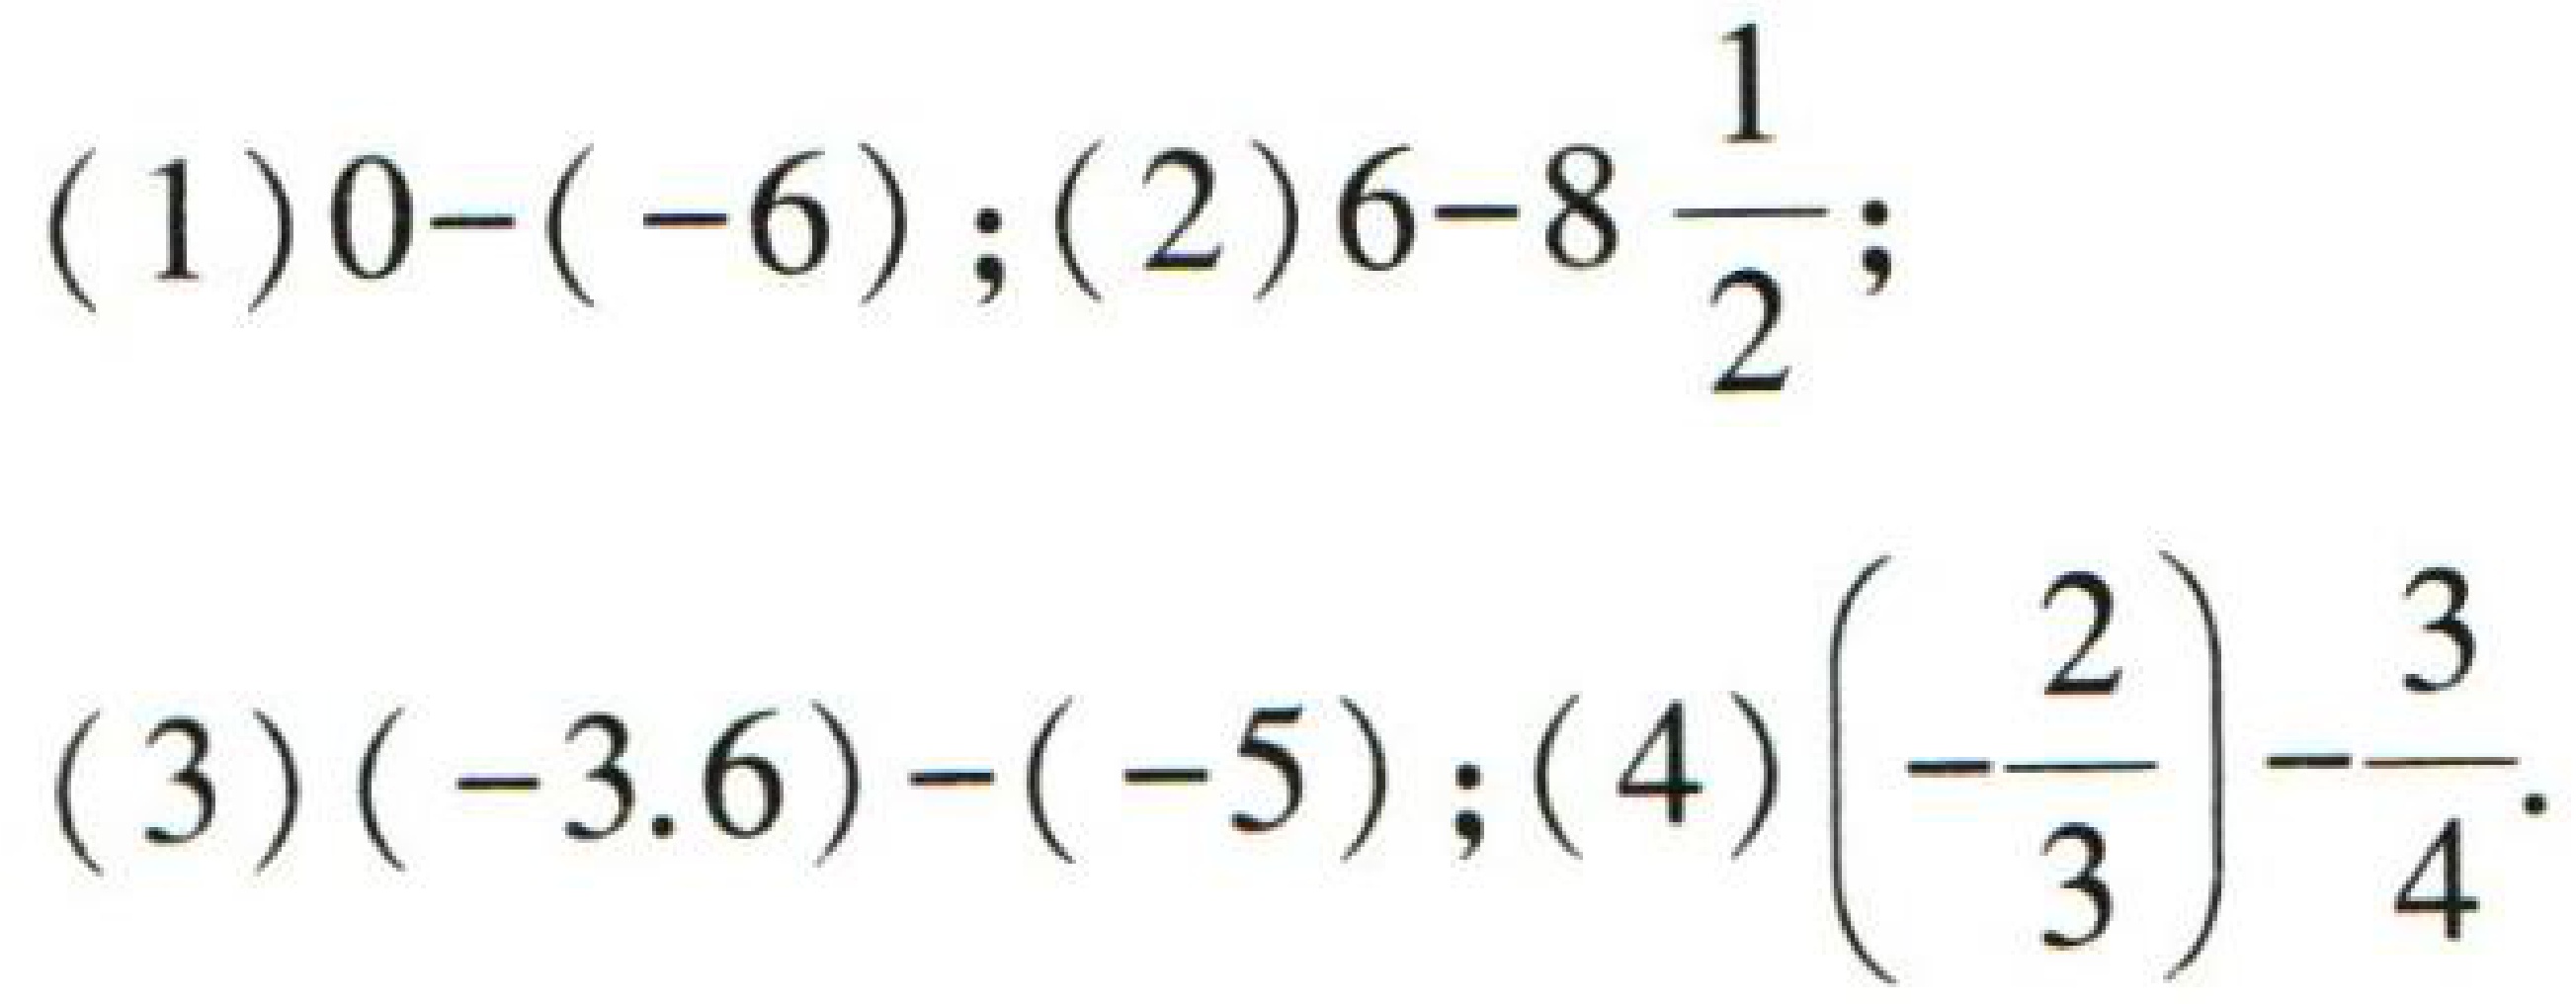
(1) \(0 - (-6)\); (2) \(6 - 8\frac{1}{2}\);
(3) \((-3.6)-(-5)\); (4) \(\left(-\frac{2}{3}\right)-\frac{3}{4}\)